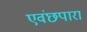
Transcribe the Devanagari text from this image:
एवंछपारा